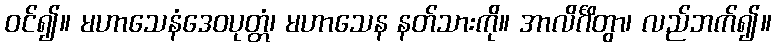
ဝင်၍။ မဟာသေနံဒေဝပုတ္တံ၊ မဟာသေန နတ်သားကို။ အာလိင်္ဂိတွာ၊ လည်ဘက်၍။